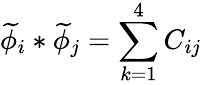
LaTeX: \widetilde{\phi}_{i}\ast\widetilde{\phi}_{j}=\sum_{k=1}^{4}C_{ij}